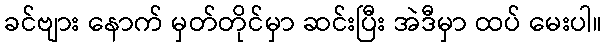
ခင်ဗျား နောက် မှတ်တိုင်မှာ ဆင်းပြီး အဲဒီမှာ ထပ် မေးပါ။